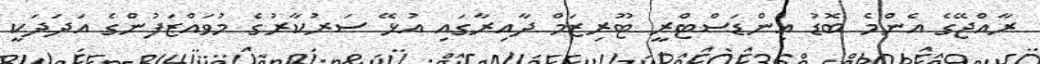
ރާއްޖޭގެ އެންމެ ބޮޑު އިންޑަސްޓްރީ ޓޫރިޒަމް ދާއިރާގައި އުޅޭ ސަރުކާރުގެ މުވައްޒަފުންގެ އަދަދަކީ